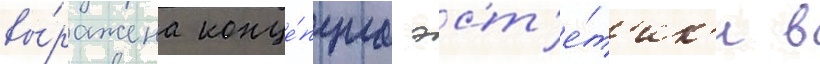
вы́ражена конце́пциа эст'е́т'ик'и в